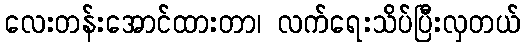
လေးတန်းအောင်ထားတာ၊ လက်ရေးသိပ်ပြီးလှတယ်